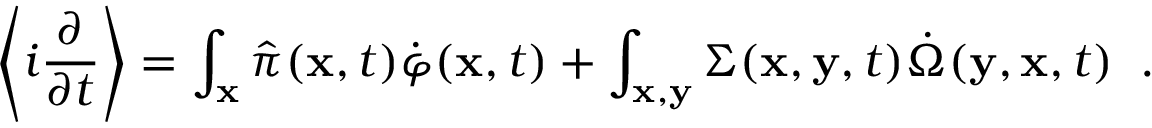
\left\langle i \frac { \partial } { \partial t } \right\rangle = \int _ { \bf x } \hat { \pi } ( { \bf x } , t ) \dot { \varphi } ( { \bf x } , t ) + \int _ { \bf x , y } \Sigma ( { \bf x } , { \bf y } , t ) \dot { \Omega } ( { \bf y } , { \bf x } , t ) \; \; .